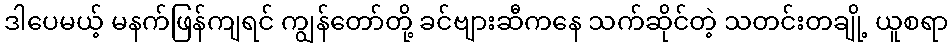
ဒါပေမယ့် မနက်ဖြန်ကျရင် ကျွန်တော်တို့ ခင်ဗျားဆီကနေ သက်ဆိုင်တဲ့ သတင်းတချို့ ယူစရာ